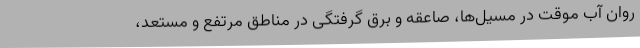
روان آب موقت در مسیل‌ها، صاعقه و برق گرفتگی در مناطق مرتفع و مستعد،